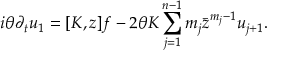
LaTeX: i \theta \partial _ { t } u _ { 1 } = [ K , z ] f - 2 \theta K \sum _ { j = 1 } ^ { n - 1 } m _ { j } \bar { z } ^ { m _ { j } - 1 } u _ { j + 1 } .